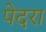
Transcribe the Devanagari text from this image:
पेदरा